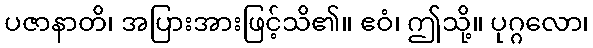
ပဇာနာတိ၊ အပြားအားဖြင့်သိ၏။ ဧဝံ၊ ဤသို့။ ပုဂ္ဂလော၊